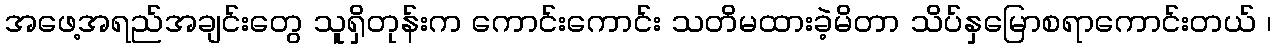
အဖေ့အရည်အချင်းတွေ သူရှိတုန်းက ကောင်းကောင်း သတိမထားခဲ့မိတာ သိပ်နှမြောစရာကောင်းတယ် ၊